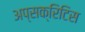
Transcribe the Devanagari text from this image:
अप्सक्रिटिस